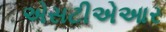
એસટીએઆર